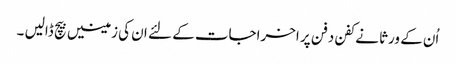
اُن کے ورثا نے کفن دفن پر اخراجات کے لئے ان کی زمینیں بیچ ڈالیں ۔